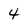
Character: 4